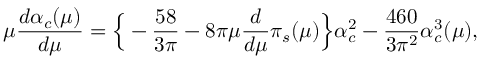
\mu \frac { d \alpha _ { c } ( \mu ) } { d \mu } = \Big \{ - \frac { 5 8 } { 3 \pi } - 8 \pi \mu \frac { d } { d \mu } \pi _ { s } ( \mu ) \Big \} \alpha _ { c } ^ { 2 } - \frac { 4 6 0 } { 3 \pi ^ { 2 } } \alpha _ { c } ^ { 3 } ( \mu ) ,